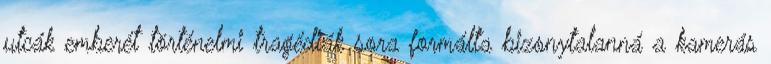
utcák emberét történelmi tragédiák sora formálta bizonytalanná a kamerás